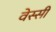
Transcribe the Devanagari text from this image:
वेस्सी